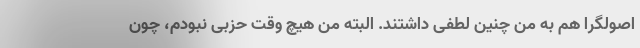
اصولگرا هم به من چنین لطفی داشتند. البته من هیچ وقت حزبی نبودم، چون